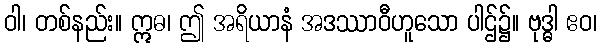
ဝါ၊ တစ်နည်း။ ဣဓ၊ ဤ အရိယာနံ အဒဿာဝီဟူသော ပါဌ်၌။ ဗုဒ္ဓါ ဧဝ၊